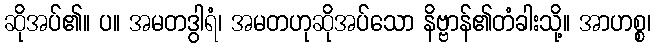
ဆိုအပ်၏။ ပ။ အမတဒွါရံ၊ အမတဟုဆိုအပ်သော နိဗ္ဗာန်၏တံခါးသို့။ အာဟစ္စ၊